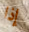
إذا